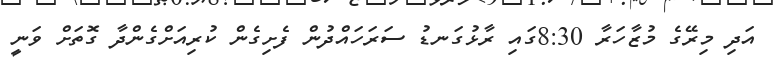
އަދި މިރޭގެ މުޒާހަރާ 8:30ގައި ރާޅުގަނޑު ސަރަހައްދުން ފެށިގެން ކުރިއަށްގެންދާ ގޮތަށް ވަނީ